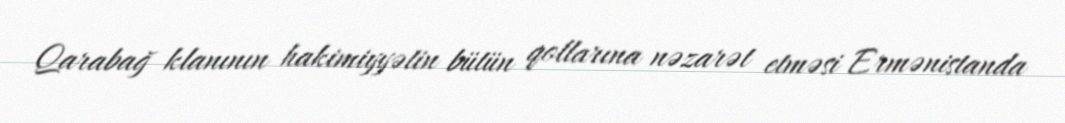
Qarabağ klanının hakimiyyətin bütün qollarına nəzarət etməsi Ermənistanda